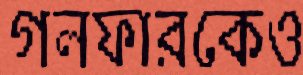
গলফারকেও